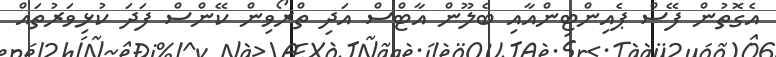
އެގޮތުން ފޭސް ޕެއިންޓިންއާއި ބެލޫން އާޓްސް އަދި ތްރޯވިން ކޭންސް ފަދަ ކުޅިވަރުތައް